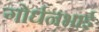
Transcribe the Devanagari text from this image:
गोर्धनभाई